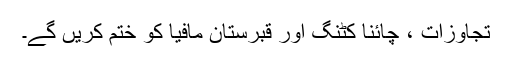
تجاوزات ، چائنا کٹنگ اور قبرستان مافیا کو ختم کریں گے۔